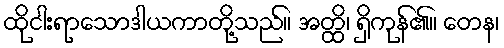
ထိုငါးရာသောဒါယကာတို့သည်။ အတ္ထိ၊ ရှိကုန်၏။ တေန၊